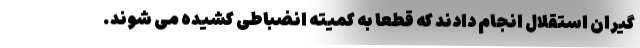
گیران استقلال انجام دادند که قطعا به کمیته انضباطی کشیده می شوند.